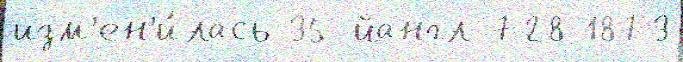
изм'ен'и́лась 35-йангл 728 1873